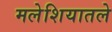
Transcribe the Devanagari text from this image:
मलेशियातले